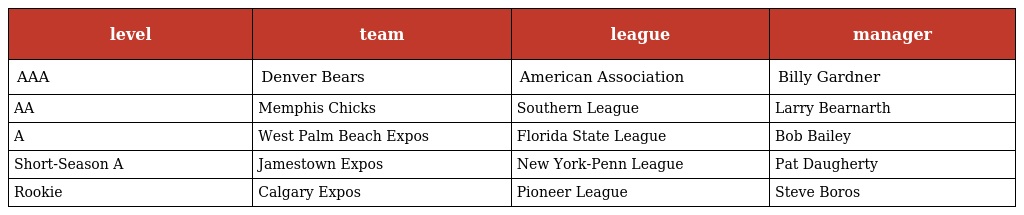
| level | team | league | manager |
 | --- | --- | --- | --- |
 | AAA | Denver Bears | American Association | Billy Gardner |
 | AA | Memphis Chicks | Southern League | Larry Bearnarth |
 | A | West Palm Beach Expos | Florida State League | Bob Bailey |
 | Short-Season A | Jamestown Expos | New York-Penn League | Pat Daugherty |
 | Rookie | Calgary Expos | Pioneer League | Steve Boros |